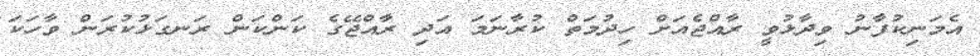
އެމަނިކުފާނު ވިދާޅުވީ ރާއްޖެއަށް ހިދުމަތް ކުރާނަމަ އަދި ރާއްޖޭގެ ކަންކަން ރަނގަޅުކުރަން ވާހަކަ